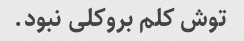
توش کلم بروکلی نبود.